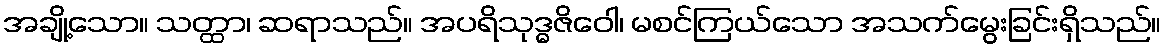
အချို့သော။ သတ္ထာ၊ ဆရာသည်။ အပရိသုဒ္ဓဇိဝေါ၊ မစင်ကြယ်သော အသက်မွေးခြင်းရှိသည်။